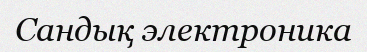
Сандық электроника